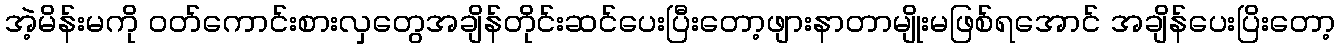
အဲ့မိန်းမကို ဝတ်ကောင်းစားလှတွေအချိန်တိုင်းဆင်ပေးပြီးတော့ဖျားနာတာမျိုးမဖြစ်ရအောင် အချိန်ပေးပြိးတော့